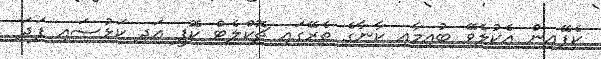
ކެފޭއިން އެކުލެވޭ ބުއިމާއި ކާނާގެ ތެރޭގައި ޗޮކްލެޓް ކޮފީ އަދި ކަޅުސައި ފަދަ